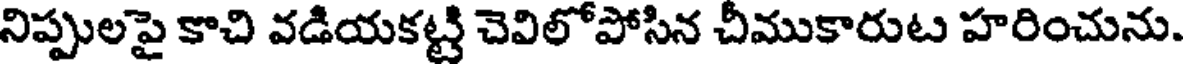
నిప్పులపై కాచి వడియకట్టి చెవిలోపోసిన చీముకారుట హరించును.